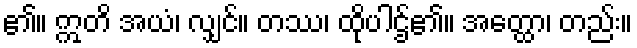
၏။ ဣတိ အယံ၊ လျှင်။ တဿ၊ ထိုပါဌ်၏။ အတ္ထော၊ တည်း။